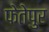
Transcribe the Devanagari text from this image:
फेतेपुर